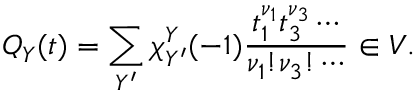
Q _ { Y } ( t ) = \sum _ { Y ^ { \prime } } \chi _ { Y ^ { \prime } } ^ { Y } ( - 1 ) \frac { t _ { 1 } ^ { \nu _ { 1 } } t _ { 3 } ^ { \nu _ { 3 } } \cdots } { \nu _ { 1 } ! \nu _ { 3 } ! \cdots } \in V .